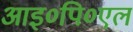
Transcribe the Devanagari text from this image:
आइ०पि०एल